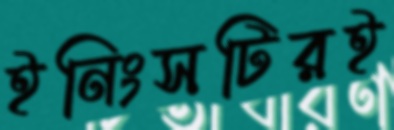
ইনিংসটিরই